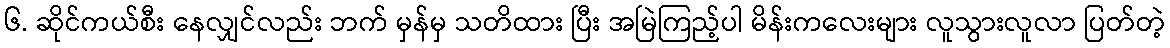
၆. ဆိုင်ကယ်စီး နေလျှင်လည်း ဘက် မှန်မှ သတိထား ပြီး အမြဲကြည့်ပါ မိန်းကလေးများ လူသွားလူလာ ပြတ်တဲ့